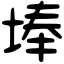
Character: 埲